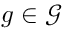
g \in { \mathcal { G } }